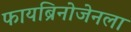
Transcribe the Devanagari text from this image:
फायब्रिनोजेनला